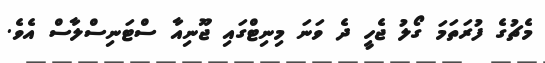
މެޗުގެ ފުރަތަމަ ގޯލު ޖެހީ ދެ ވަނަ މިނިޓްގައި ޖޫނިއާ ސްޓަނިސްލާސް އެވެ.